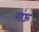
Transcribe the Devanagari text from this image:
गांऊ